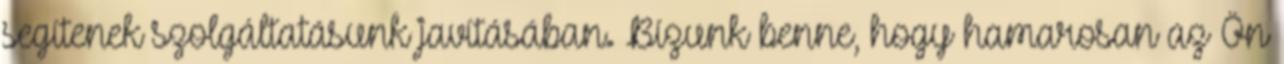
segítenek szolgáltatásunk javításában. Bízunk benne, hogy hamarosan az Ön